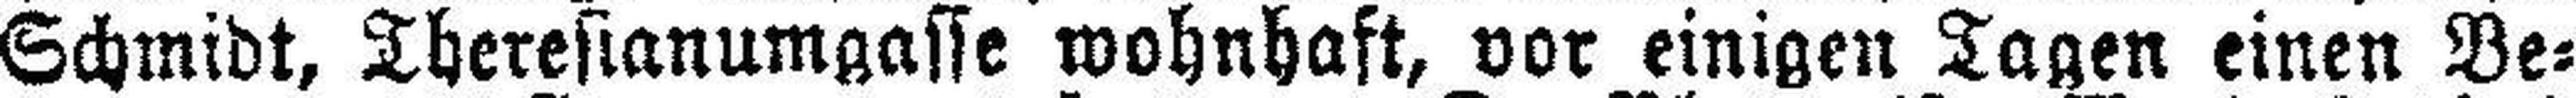
Schmidt, Theresianumgasse wohnhaft, vor einigen Tagen einen Be¬